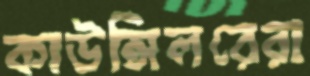
কাউন্সিলরেরা